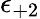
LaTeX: \epsilon_{+2}